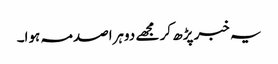
یہ خبر پڑھ کر مجھے دوہراصدمہ ہوا۔